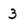
Character: 3